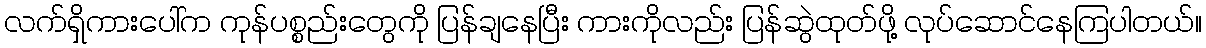
လက်ရှိကားပေါ်က ကုန်ပစ္စည်းတွေကို ပြန်ချနေပြီး ကားကိုလည်း ပြန်ဆွဲထုတ်ဖို့ လုပ်ဆောင်နေကြပါတယ်။